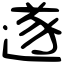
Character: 遂